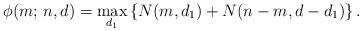
LaTeX: \begin{align*}\phi(m;\, n,d) = \max_{d_1}\left\lbrace N(m,d_1) +N(n-m,d-d_1)\right\rbrace. \end{align*}